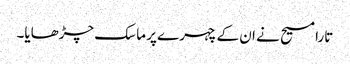
تارا مسیح نے ان کے چہرے پر ماسک چڑھایا۔